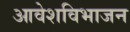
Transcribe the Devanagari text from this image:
आवेशविभाजन